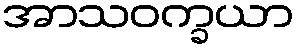
အာသဝက္ခယာ